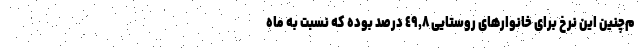
م‌چنین این نرخ برای خانوارهای روستایی ٤٩,٨ درصد بوده که نسبت به ماه